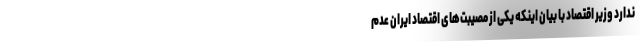
ندارد وزیر اقتصاد با بیان اینکه یکی از مصیبت‌های اقتصاد ایران عدم